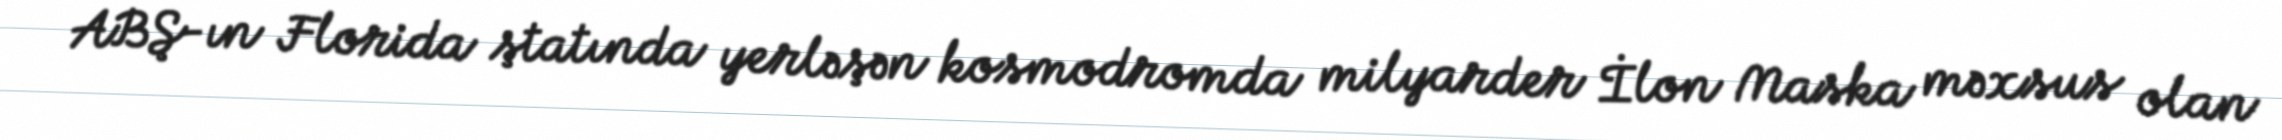
ABŞ-ın Florida ştatında yerləşən kosmodromda milyarder İlon Maska məxsus olan